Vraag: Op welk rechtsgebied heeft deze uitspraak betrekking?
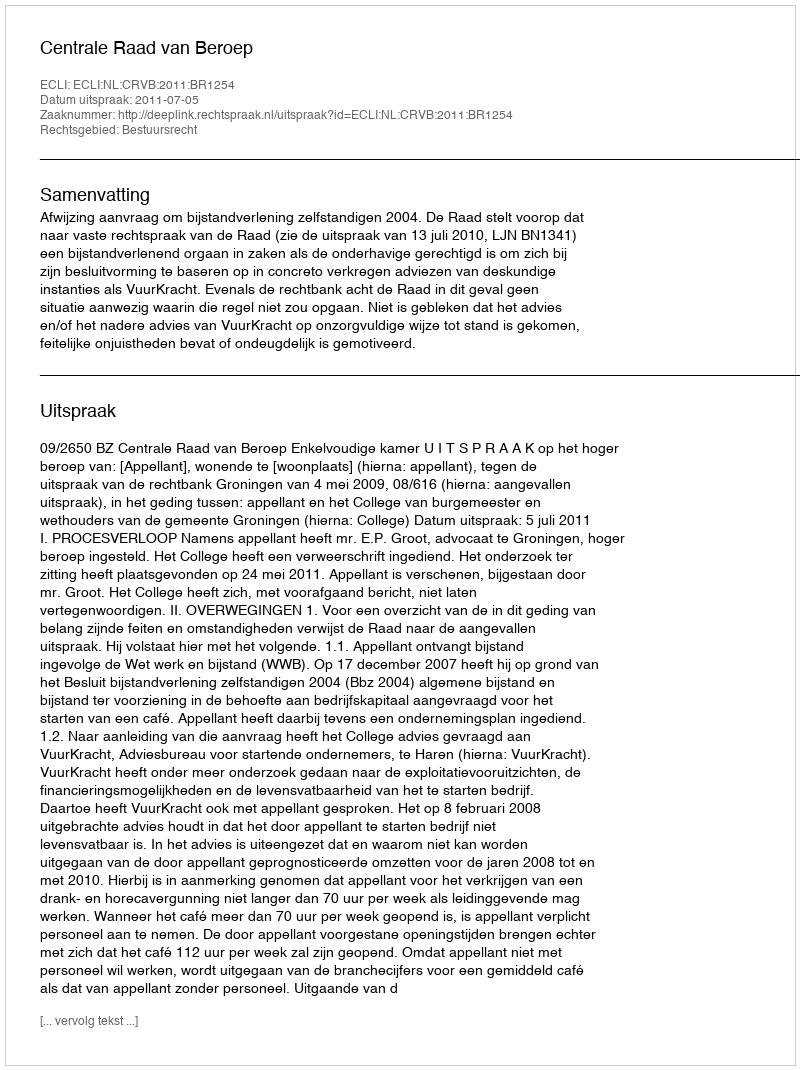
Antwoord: Bestuursrecht